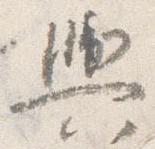
輿